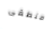
منطقى